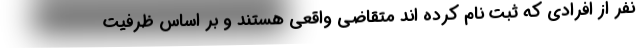
نفر از افرادی که ثبت نام کرده اند متقاضی واقعی هستند و بر اساس ظرفیت